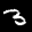
Label: 3